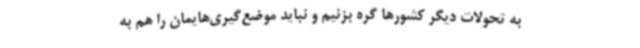
به تحولات دیگر کشورها گره بزنیم و نباید موضع‌گیری‌هایمان را هم به